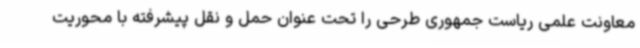
معاونت علمی ریاست جمهوری طرحی را تحت عنوان حمل و نقل پیشرفته با محوریت